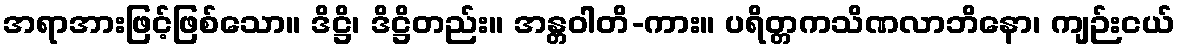
အရာအားဖြင့်ဖြစ်သော။ ဒိဋ္ဌိ၊ ဒိဋ္ဌိတည်း။ အန္တဝါတိ-ကား။ ပရိတ္တကသိဏလာဘိနော၊ ကျဉ်းငယ်